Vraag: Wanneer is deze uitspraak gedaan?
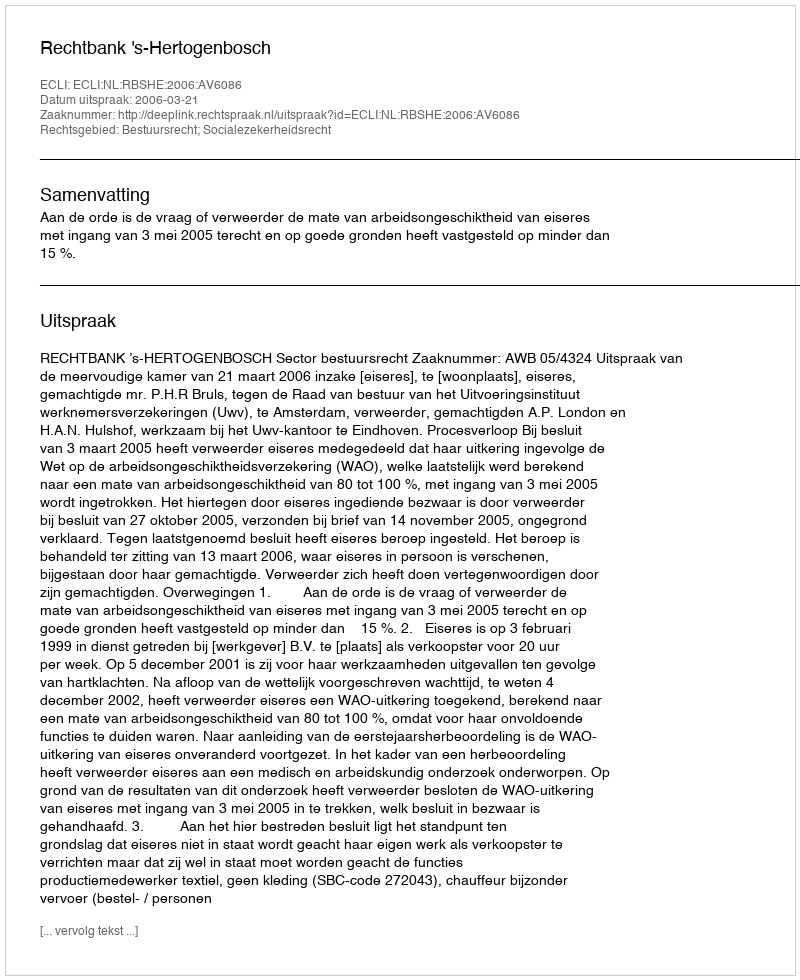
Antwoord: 2006-03-21